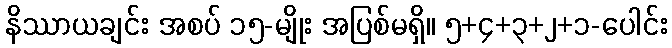
နိဿာယချင်း အစပ် ၁၅-မျိုး အပြစ်မရှိ။ ၅+၄+၃+၂+၁-ပေါင်း